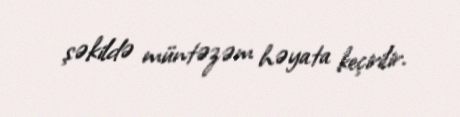
şəkildə müntəzəm həyata keçirilir.